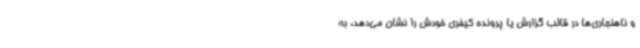
و ناهنجاری‌ها در قالب گزارش یا پرونده کیفری خودش را نشان می‌دهد، به